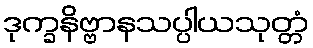
ဒုက္ခနိဗ္ဗာနသပ္ပါယသုတ္တံ